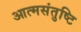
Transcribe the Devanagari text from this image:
आत्मसंतुष्टि